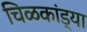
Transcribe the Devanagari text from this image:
चिळकांड्या